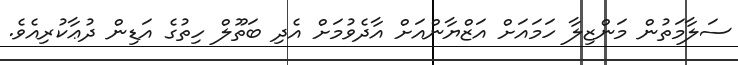
ސަލާމަތުން މަންޒިލާ ހަމައަށް އަޒްޔާންއަށް އާދެވުމަށް އެދި ބަތޫލް ހިތުގެ އަޑިން ދުޢާކުރިއެވެ.